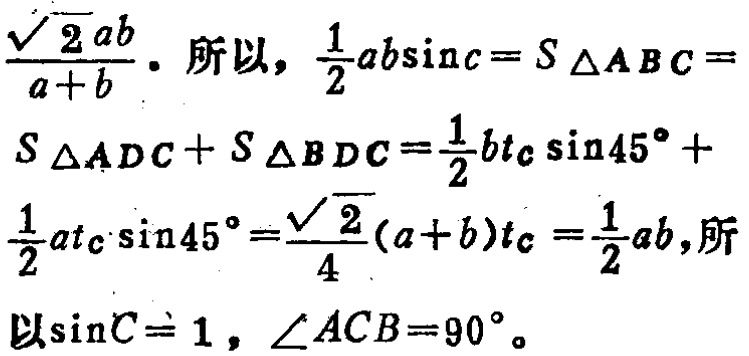
$\frac{\sqrt{2}ab}{a + b}$. 所以, $\frac{1}{2}ab\sin c = S_{\triangle ABC} = S_{\triangle ADC}+S_{\triangle BDC}=\frac{1}{2}bt_{c}\sin45^{\circ}+ \frac{1}{2}at_{c}\sin45^{\circ}=\frac{\sqrt{2}}{4}(a + b)t_{c}=\frac{1}{2}ab$,所以$\sin C = 1$, $\angle ACB = 90^{\circ}$。